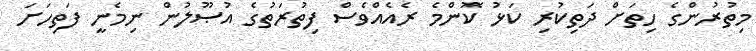
މިތުރުންގެ ހިތަށް ދަތިކުރި ކަޅު ކޮންމެ ރެއެއްވެސް ފިތުރަތުގެ އުޞޫލުން ނިމެނީ ފަތިހަށަ